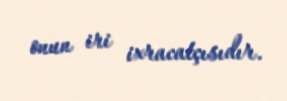
onun iri ixracatçısıdır.